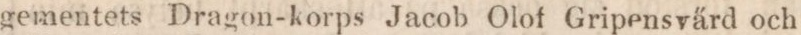
gementets Dragon-korps Jacob Olof Gripensvärd och